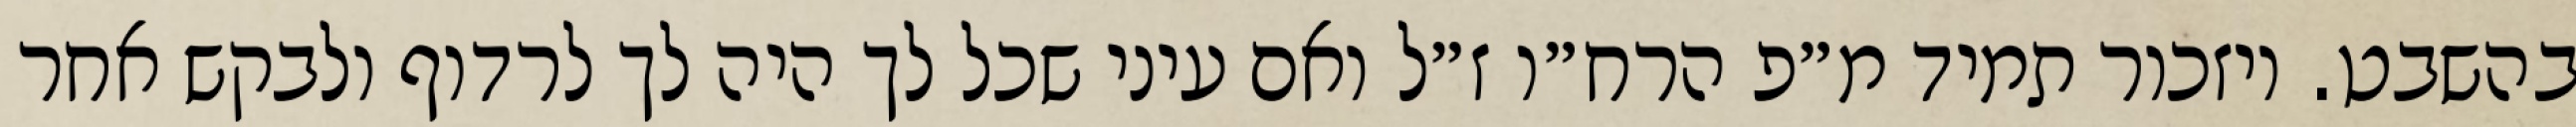
בהשבט. ויזכור תמיד מ״פ הרח״ו ז״ל ואם עיני שכל לך היה לך לרדוף ולבקש אחר